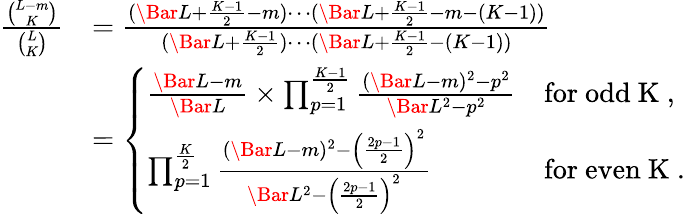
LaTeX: \begin{array}{rl}{\frac{\binom{L-m}{K}}{\binom{L}{K}}}&{=\frac{(\Bar{L}+\frac{K-1}{2}-m)\cdots(\Bar{L}+\frac{K-1}{2}-m-(K-1))}{(\Bar{L}+\frac{K-1}{2})\cdots(\Bar{L}+\frac{K-1}{2}-(K-1))}}\\ &{=\left\{ \begin{array}{ll}{\frac{\Bar{L}-m}{\Bar{L}}\times\prod_{p=1}^{\frac{K-1}{2}}\frac{(\Bar{L}-m)^{2}-p^{2}}{\Bar{L}^{2}-p^{2}}}&{\mathrm{for~odd~K~,}}\\ {\prod_{p=1}^{\frac{K}{2}}\frac{(\Bar{L}-m)^{2}-\left(\frac{2p-1}{2}\right)^{2}}{\Bar{L}^{2}-\left(\frac{2p-1}{2}\right)^{2}}}&{\mathrm{for~even~K~.}}\end{array}\right.}\end{array}